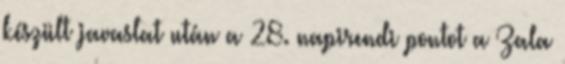
készült javaslat után a 28. napirendi pontot a Zala